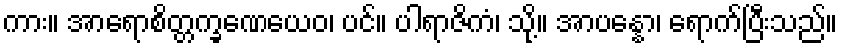
ကား။ အာရောစိတ္တက္ခဏေယေဝ၊ ပင်။ ပါရာဇိကံ၊ သို့။ အာပန္နော၊ ရောက်ပြီးသည်။